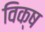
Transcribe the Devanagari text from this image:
विक्ष